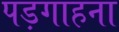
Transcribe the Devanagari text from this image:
पड़गाहना